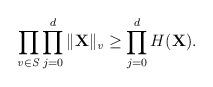
LaTeX: \begin{align*}\prod_{\mathit{v\in S}}\prod_{j=0}^{d}\Vert\mathbf{X}\Vert_\mathit{v}\geq \prod_{j=0}^{d} H(\mathbf{X}).\end{align*}